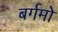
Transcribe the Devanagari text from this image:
बर्गमो